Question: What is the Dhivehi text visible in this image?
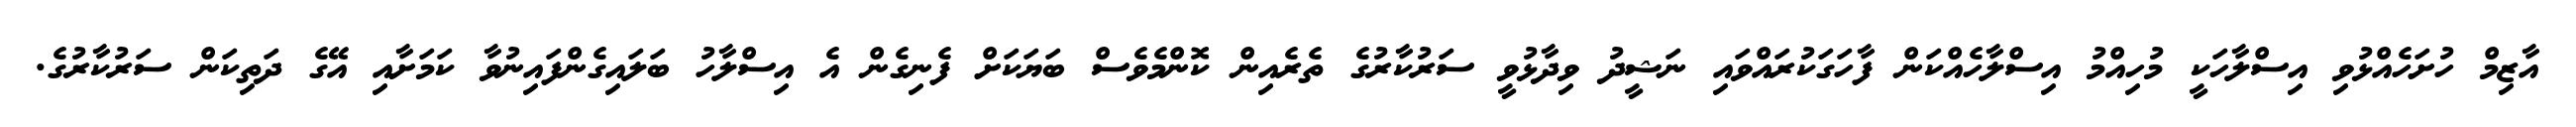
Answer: އާޒިމް ހުށަހެއްޅުވި އިސްލާހަކީ މުހިއްމު އިސްލާހެއްކަން ފާހަގަކުރައްވައި ނަޝީދު ވިދާޅުވީ ސަރުކާރުގެ ތެރެއިން ކޮންމެވެސް ބަޔަކަށް ފެނިގެން އެ އިސްލާހު ބަލައިގެންފައިނުވާ ކަމަށާއި އޭގެ ދަތިކަން ސަރުކާރުގެ.